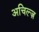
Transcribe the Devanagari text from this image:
अचिल्ज़